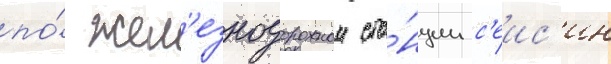
по́ жел'езнодорожнои ста́нции с'еис'ин